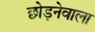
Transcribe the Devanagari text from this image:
छोड़नेवाला